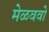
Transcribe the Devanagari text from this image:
मेळववो